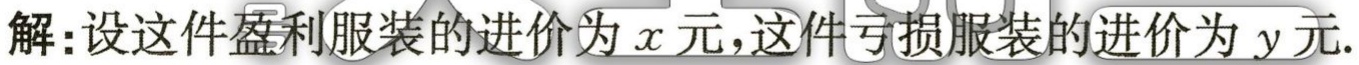
解:设这件盈利服装的进价为\(x\)元，这件亏损服装的进价为\(y\)元.